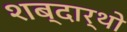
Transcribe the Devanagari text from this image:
शब्दार्थो